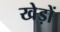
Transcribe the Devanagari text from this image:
खेड़ों